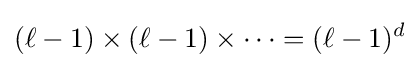
(\ell -1)\times (\ell -1)\times \cdots =(\ell -1)^{d}